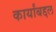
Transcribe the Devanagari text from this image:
कार्यांबद्दल